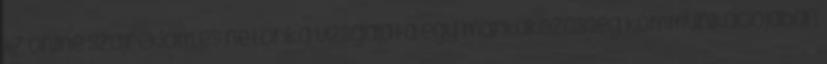
Az online szájreklám és netorika vizsgálata egy márkaközösség kommunikációjában